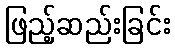
ဖြည့်ဆည်းခြင်း